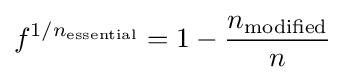
f^{1/n_{\mathrm {essential} }}=1-{\dfrac {n_{\mathrm {modified} }}{n}}